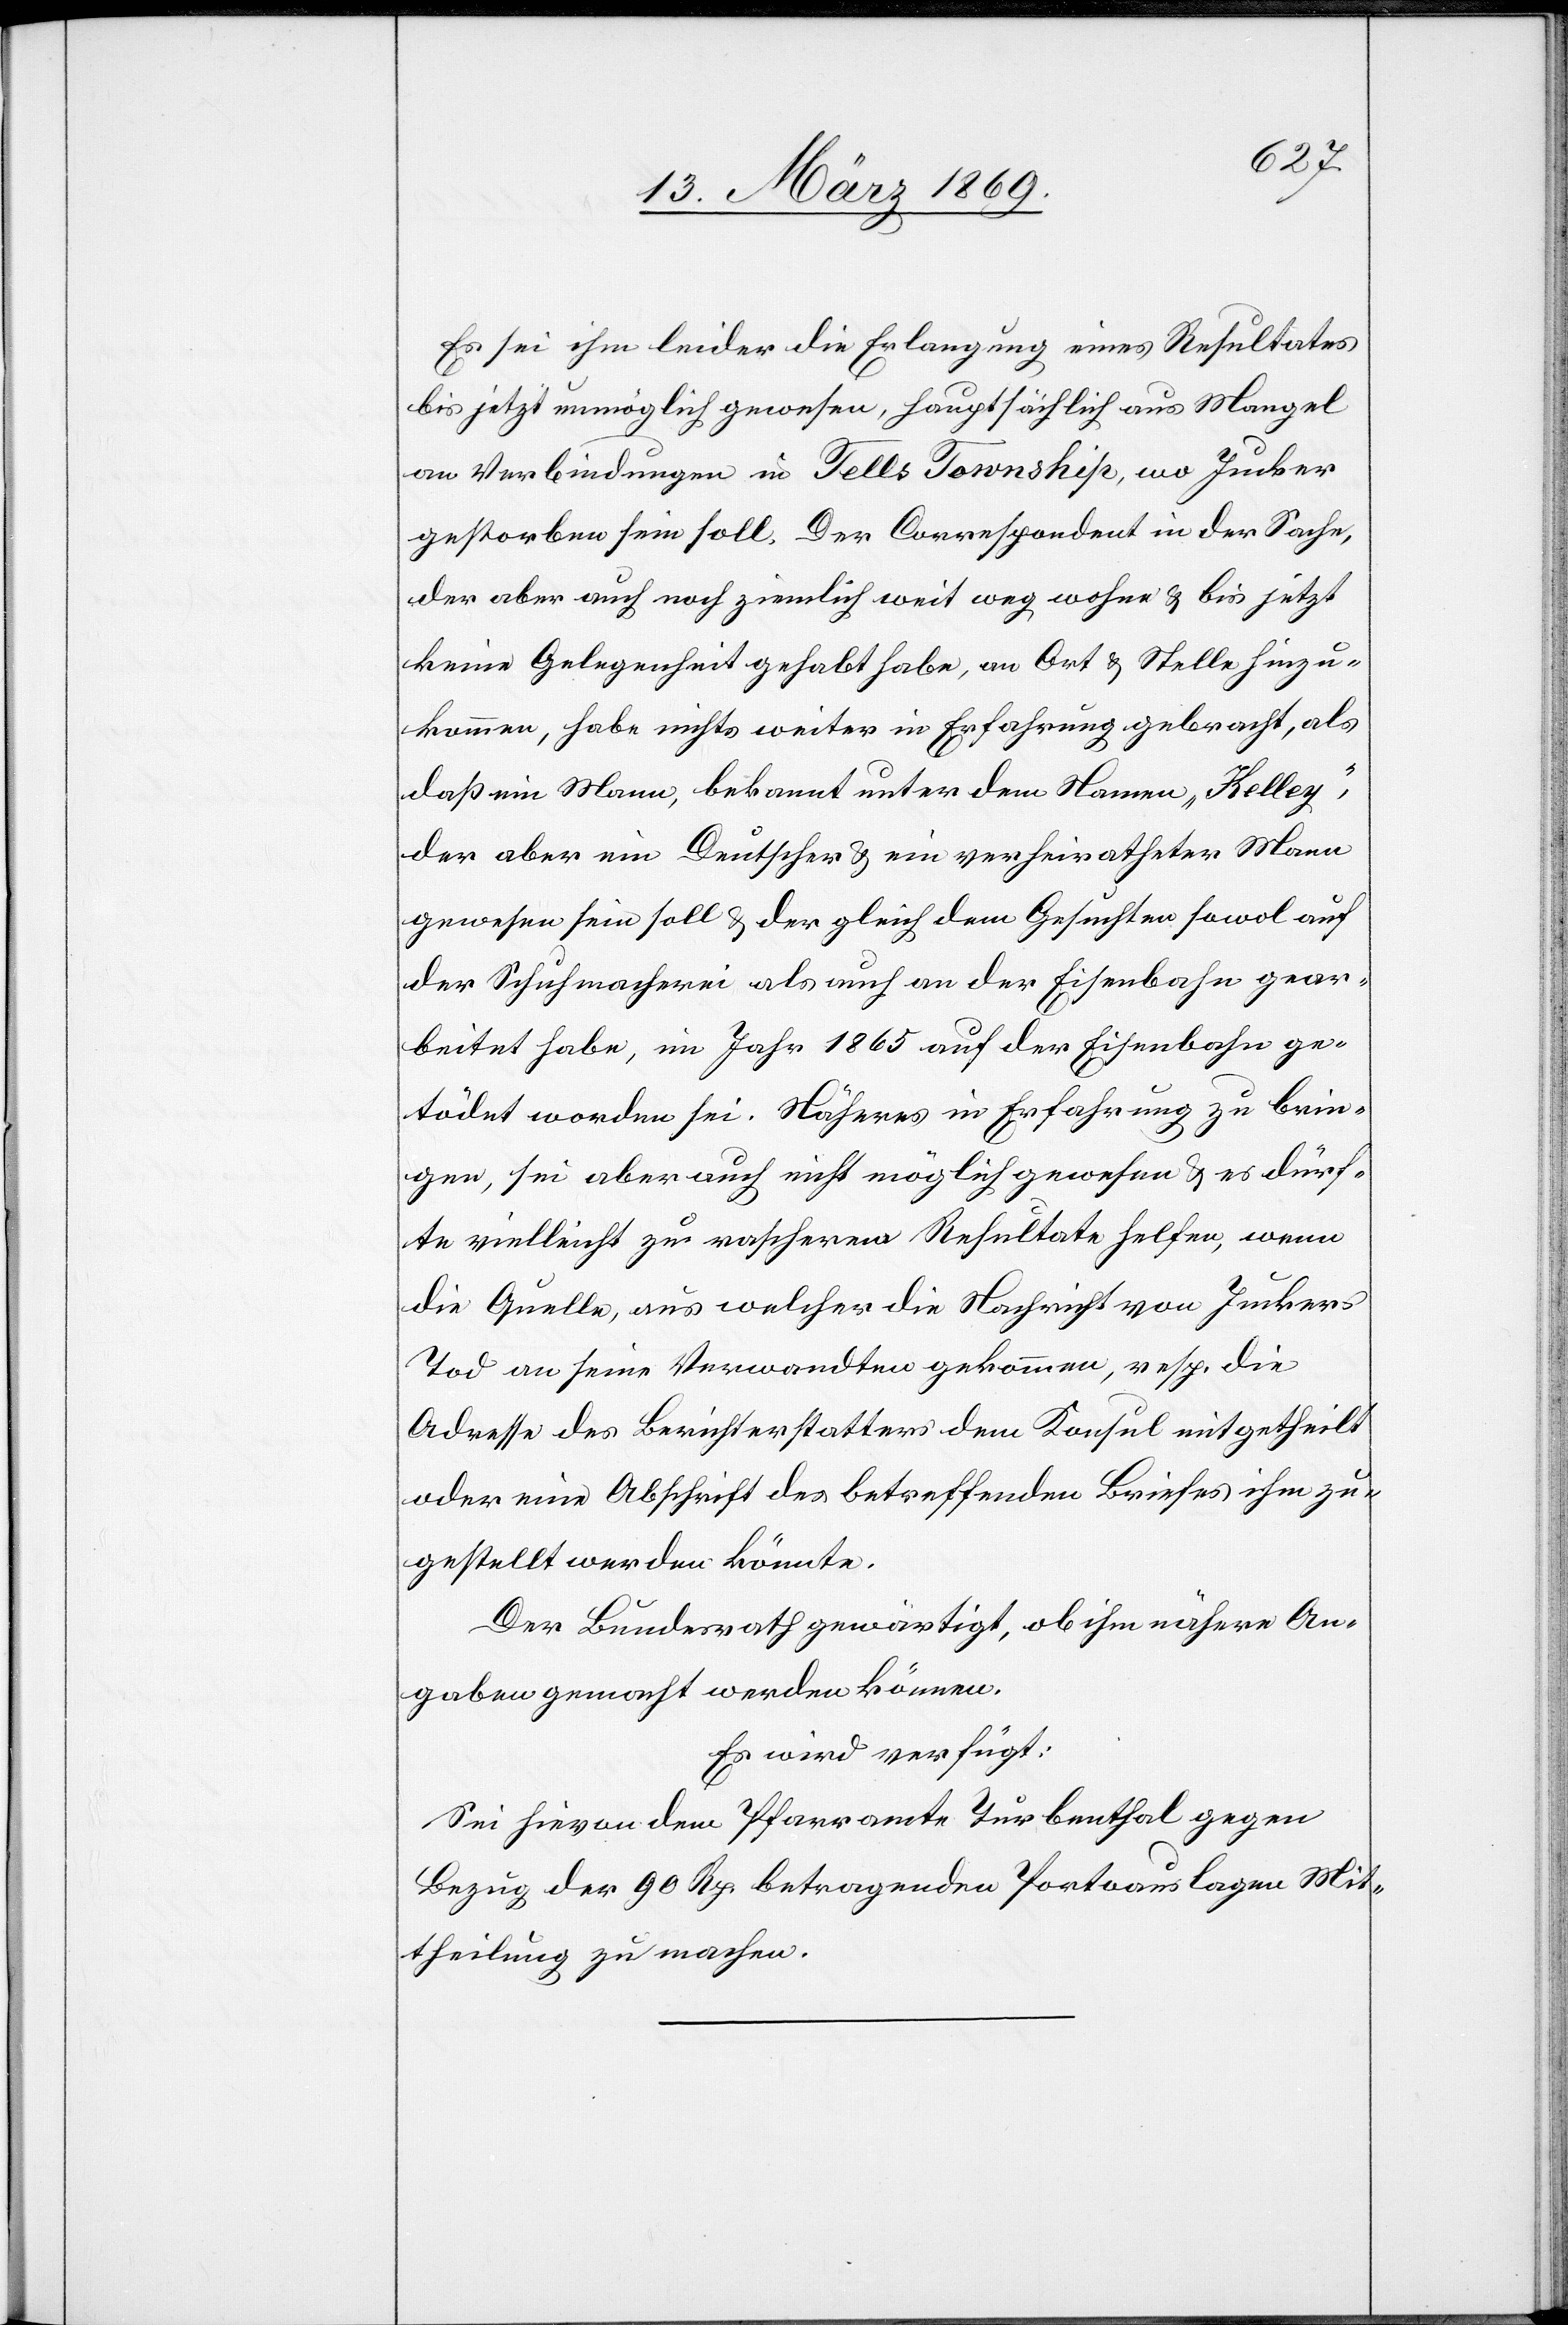
Es sei ihm leider die Erlangung eines Resultates
bis jetzt unmöglich gewesen, hauptsächlich aus Mangel
an Verbindungen in Tells Township, wo Jucker
gestorben sein soll. Der Correspondent in der Sache,
der aber auch noch ziemlich weit weg wohne & bis jetzt
keine Gelegenheit gehabt habe, an Ort & Stelle hinzu¬
kommen, habe nichts weiter in Erfahrung gebracht, als
daß ein Mann, bekannt unter dem Namen „Kelley“,
der aber ein Deutscher & ein verheiratheter Mann
gewesen sein soll & der gleich dem Gesuchten sowol auf
der Schuhmacherei als auch an der Eisenbahn gear¬
beitet habe, im Jahr 1865 auf der Eisenbahn ge¬
tödet worden sei. Näheres in Erfahrung zu brin¬
gen, sei aber auch nicht möglich gewesen & es dürf¬
te vielleicht zu rascherem Resultate helfen, wenn
die Quelle, aus welcher die Nachricht von Juckers
Tod an seine Verwandten gekommen, resp. die
Adresse des Berichterstatters dem Konsul mitgetheilt
oder eine Abschrift des betreffenden Briefes ihm zu¬
gestellt werden könnte.
Der Bundesrath gewärtigt, ob ihm nähere An¬
gaben gemacht werden können.
Es wird verfügt:
Sei hievon dem Pfarramte Turbenthal gegen
Bezug der 90 Rp. betragenden Portoauslagen Mit¬
theilung zu machen.